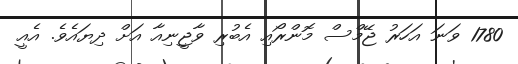
1780 ވަނަ އަހަރު ޖޭމްސް މޮންރޯއި އެބުރި ވާޖީނިއާ އަށް ދިޔައެވެ. އެއީ